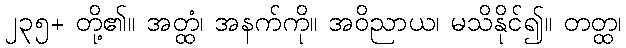
၂၃၅+ တို့၏။ အတ္ထံ၊ အနက်ကို။ အဝိညာယ၊ မသိနိုင်၍။ တတ္ထ၊